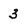
Character: 3